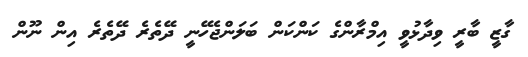
ގާޒީ ބާރީ ވިދާޅުވީ އިމްރާންގެ ކަންކަން ބަލަންޖެހޭނީ ދޭތެރެ ދޭތެރެ އިން ނޫން